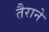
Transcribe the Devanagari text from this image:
तैराने